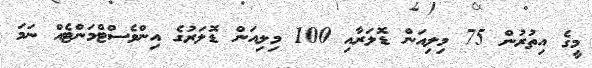
މީގެ އިތުރުން 75 މިލިއަން ޑޮލަރާއި 100 މިލިއަން ޑޮލަރުގެ އިންވެސްޓްމަންޓެއް ނަމަ